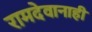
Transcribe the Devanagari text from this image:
रामदेवानाही